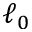
\ell _ { 0 }